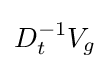
D_{t}^{-1}V_{g}